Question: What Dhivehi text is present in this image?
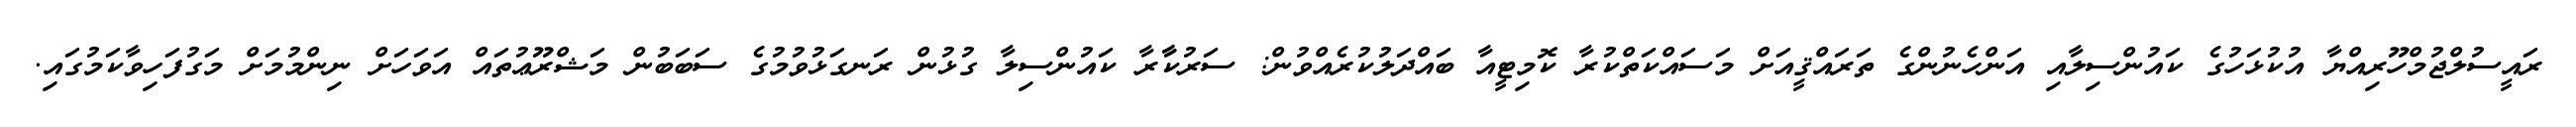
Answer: ރައީސުލްޖުމްހޫރިއްޔާ އުކުޅަހުގެ ކައުންސިލާއި އަންހެނުންގެ ތަރައްޤީއަށް މަސައްކަތްކުރާ ކޮމިޓީއާ ބައްދަލުކުރެއްވުން: ސަރުކާާރާ ކައުންސިލާ ގުޅުން ރަނގަޅުވުމުގެ ސަބަބުން މަޝްރޫޢުތައް އަވަހަށް ނިންމުމަށް މަގުފަހިވާކަމުގައި.